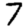
Digit: 7